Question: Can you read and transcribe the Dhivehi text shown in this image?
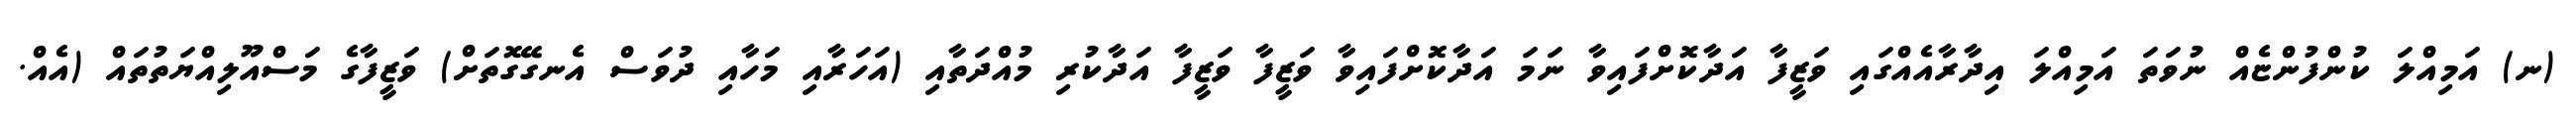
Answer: (ނ) އަމިއްލަ ކުންފުންޏެއް ނުވަތަ އަމިއްލަ އިދާރާއެއްގައި ވަޒީފާ އަދާކޮށްފައިވާ ނަމަ އަދާކޮށްފައިވާ ވަޒީފާ ވަޒީފާ އަދާކުރި މުއްދަތާއި (އަހަރާއި މަހާއި ދުވަސް އެނގޭގޮތަށް) ވަޒީފާގެ މަސްއޫލިއްޔަތުތައް (އެއް.